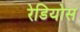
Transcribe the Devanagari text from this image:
रेडियोस